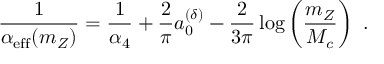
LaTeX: \frac { 1 } { \alpha _ { \mathrm { e f f } } ( m _ { Z } ) } = \frac { 1 } { \alpha _ { 4 } } + \frac { 2 } { \pi } a _ { 0 } ^ { ( \delta ) } - \frac { 2 } { 3 \pi } \log \left( \frac { m _ { Z } } { M _ { c } } \right) ~ .